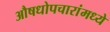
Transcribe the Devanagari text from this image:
औषधोपचारांमध्ये